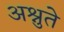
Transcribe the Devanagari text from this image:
अश्नुते